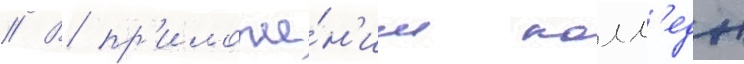
// В пр'иложе́н'ии колл'едж